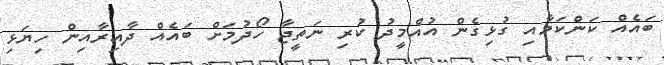
ބައެއް ކަންކަމާއި ގުޅިގެން އުއްމީދު ކުރި ނަތީޖާ ހޯދުމަށް ބައެއް ދާއިރާއިން ހިޔަޅި